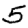
Digit: 5